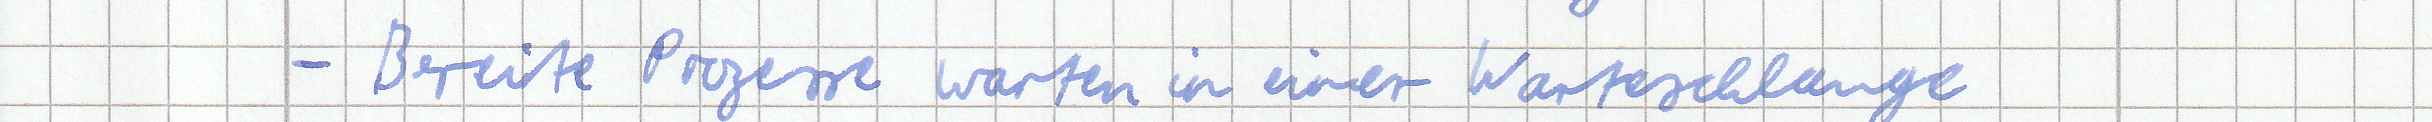
- Bereite Prozesse warten in einer Warteschlange